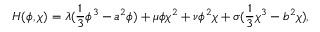
H ( \phi , \chi ) = \lambda ( \frac { 1 } { 3 } \phi ^ { 3 } - a ^ { 2 } \phi ) + \mu \phi \chi ^ { 2 } + \nu \phi ^ { 2 } \chi + \sigma ( \frac { 1 } { 3 } \chi ^ { 3 } - b ^ { 2 } \chi ) ,